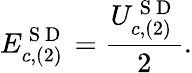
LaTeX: E_{c,(2)}^{\mathrm{~S~D~}}=\frac{U_{c,(2)}^{\mathrm{~S~D~}}}{2}.